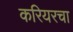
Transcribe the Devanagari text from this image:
करियरचा